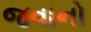
જવાનો